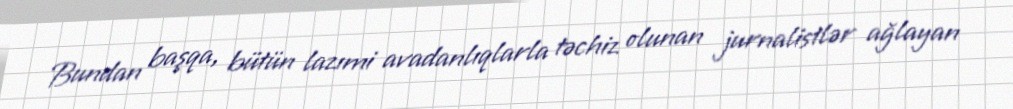
Bundan başqa, bütün lazımi avadanlıqlarla təchiz olunan jurnalistlər ağlayan